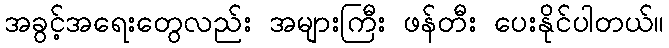
အခွင့်အရေးတွေလည်း အများကြီး ဖန်တီး ပေးနိုင်ပါတယ်။